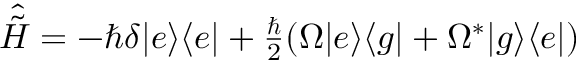
\begin{array} { r } { \hat { \tilde { H } } = - \hbar \delta \vert e \rangle \langle e \vert + \frac { \hbar } { 2 } ( \Omega \vert e \rangle \langle g \vert + \Omega ^ { * } \vert g \rangle \langle e \vert ) } \end{array}